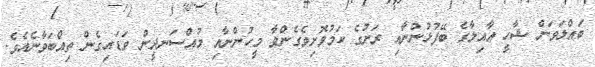
ބައްލަވަން ޝާހީ އާއިލާގެ ބޭފުޅުންނާއި ރަށުގެ ކަމުވޮށިވެގެންވާ މީހުންނާއި މުއްސަނދީން ވަޑައިގެން ތިއްބަވާނެއެވެ.